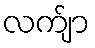
လက်ျာ